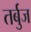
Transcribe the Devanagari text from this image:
तर्बुज